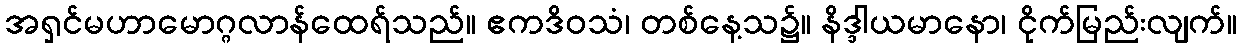
အရှင်မဟာမောဂ္ဂလာန်ထေရ်သည်။ ဧကဒိဝသံ၊ တစ်နေ့သ၌။ နိဒ္ဒါယမာနော၊ ငိုက်မြည်းလျက်။